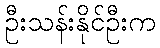
ဦးသန်းနိုင်ဦးက